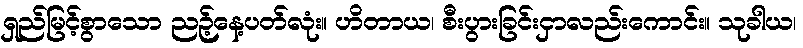
ရှည်မြင့်စွာသော ညဉ့်နေ့ပတ်လုံး။ ဟိတာယ၊ စီးပွားခြင်းငှာလည်းကောင်း။ သုခါယ၊